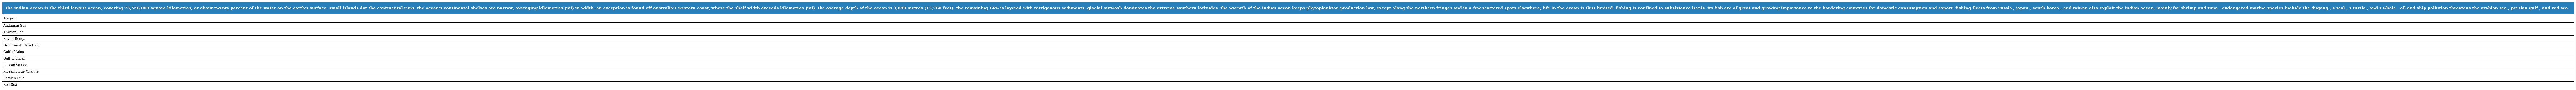
| the indian ocean is the third largest ocean, covering 73,556,000 square kilometres, or about twenty percent of the water on the earth's surface. small islands dot the continental rims. the ocean's continental shelves are narrow, averaging kilometres (mi) in width. an exception is found off australia's western coast, where the shelf width exceeds kilometres (mi). the average depth of the ocean is 3,890 metres (12,760 feet). the remaining 14% is layered with terrigenous sediments. glacial outwash dominates the extreme southern latitudes. the warmth of the indian ocean keeps phytoplankton production low, except along the northern fringes and in a few scattered spots elsewhere; life in the ocean is thus limited. fishing is confined to subsistence levels. its fish are of great and growing importance to the bordering countries for domestic consumption and export. fishing fleets from russia , japan , south korea , and taiwan also exploit the indian ocean, mainly for shrimp and tuna . endangered marine species include the dugong , s seal , s turtle , and s whale . oil and ship pollution threatens the arabian sea , persian gulf , and red sea . |
 | --- |
 | Region |
 | Andaman Sea |
 | Arabian Sea |
 | Bay of Bengal |
 | Great Australian Bight |
 | Gulf of Aden |
 | Gulf of Oman |
 | Laccadive Sea |
 | Mozambique Channel |
 | Persian Gulf |
 | Red Sea |